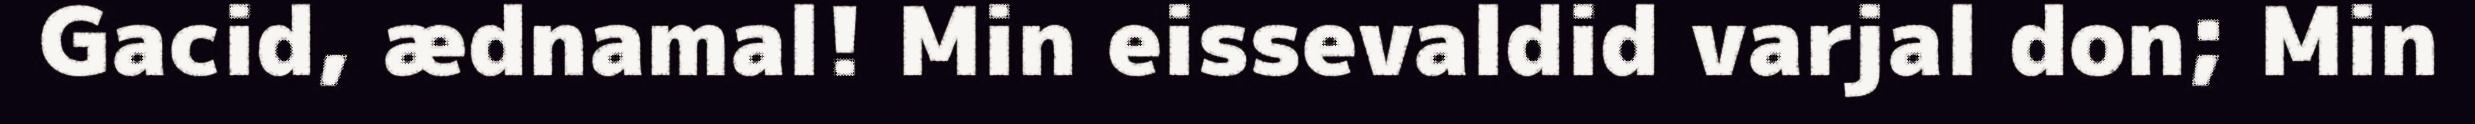
Gacid, ædnamal! Min eissevaldid varjal don; Min